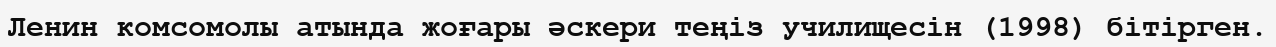
Ленин комсомолы атында жоғары әскери теңіз училищесін (1998) бітірген.